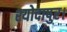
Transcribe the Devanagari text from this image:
श्योदापुर।